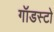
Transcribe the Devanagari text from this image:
गॉडस्टो